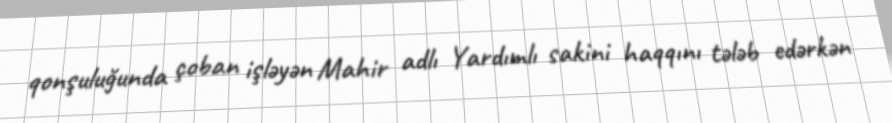
qonşuluğunda çoban işləyən Mahir adlı Yardımlı sakini haqqını tələb edərkən